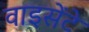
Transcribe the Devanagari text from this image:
वाइसेंटे